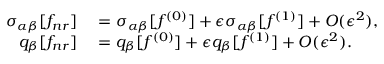
\begin{array} { r l } { \sigma _ { \alpha \beta } [ f _ { n r } ] } & { { } = \sigma _ { \alpha \beta } [ f ^ { ( 0 ) } ] + \epsilon \sigma _ { \alpha \beta } [ f ^ { ( 1 ) } ] + O ( \epsilon ^ { 2 } ) , } \\ { q _ { \beta } [ f _ { n r } ] } & { { } = q _ { \beta } [ f ^ { ( 0 ) } ] + \epsilon q _ { \beta } [ f ^ { ( 1 ) } ] + O ( \epsilon ^ { 2 } ) . } \end{array}